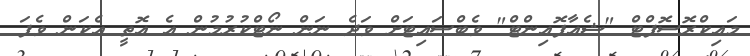
މައިކްރޮސޮފްޓް "ޝެއާޕޮއިންޓް" ވެބްސައިޓަށް ވަދެ ނަން ނޯޓްކުރުމުން އެ އޮތީ އެކަން ވެފަ